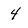
Character: 4